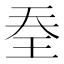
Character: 𭸽